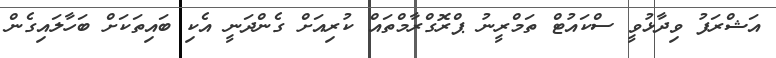
އަޝްރަފު ވިދާޅުވީ ސްކައުޓް ތަމްރީނު ޕްރޮގްރާމްތައް ކުރިއަށް ގެންދަނީ އެކި ބައިތަކަށް ބަހާލައިގެން